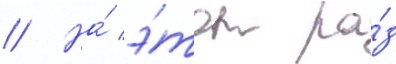
// На́ э́тот ра́з